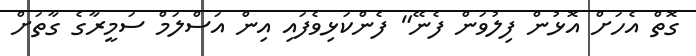
ގޮތް އެހަށް އޮޅުން ފިލުވަން ފެނޭ" ފެންކަޅިވެފައި އިން އަސްލަމް ސަމީރާގެ ގާތަށް